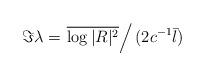
LaTeX: \begin{align*} \Im \lambda=\left.\overline{\log |R|^2}\right/(2c^{-1}\bar{l})\end{align*}